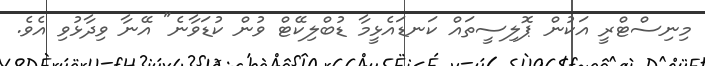
މިނިސްޓްރީ އަކުން ޕޮލިސީތައް ކަނޑައެޅީމާ ޑުބްލިކޭޓް ވުން ކުޑަވާނެ" އޭނާ ވިދާޅުވި އެވެ.